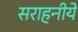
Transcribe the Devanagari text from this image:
सराहनीये